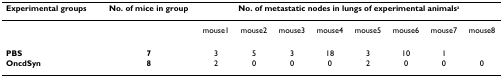
| Experimental groups | No. of mice in group | <COLSPAN=8> No. of metastatic nodes in lungs of experimental animalsa |
 | --- | --- | --- | --- | --- | --- | --- | --- | --- | --- |
 |  |  | mouse1 | mouse2 | mouse3 | mouse4 | mouse5 | mouse6 | mouse7 | mouse8 |
 | PBS | 7 | 3 | 5 | 3 | 18 | 3 | 10 | 1 |  |
 | OncdSyn | 8 | 2 | 0 | 0 | 0 | 2 | 0 | 0 | 0 |